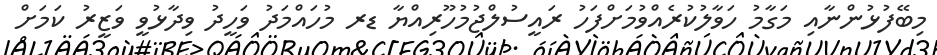
މިބޭފުޅުންނާއި މަގާމު ހަވާލުކުރެއްވުމަށްފަހު ރައީސުލްޖުމުހޫރިއްޔާ ޑރ މުހައްމަދު ވަހީދު ވިދާޅުވީ ވަޒީރު ކަމަށް